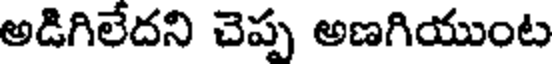
అడిగిలేదని చెప్ప అణగియుంట